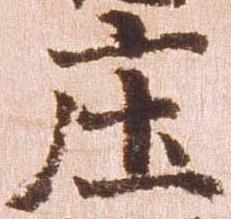
庄